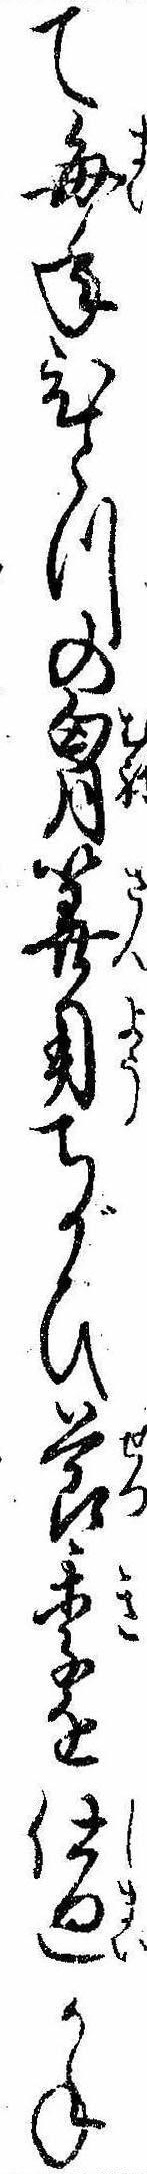
て毎年ひとつの胸算用ちがひ節季を仕廻かね